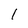
Character: 1